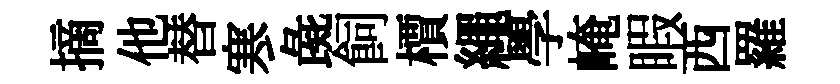
摘他替寒彘飼檟繩學崦睱西羅